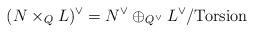
LaTeX: \begin{align*}(N \times_Q L)^{\vee} = N^{\vee} \oplus_{Q^{\vee}} L^{\vee}/\textup{Torsion}\end{align*}